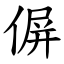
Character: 偋